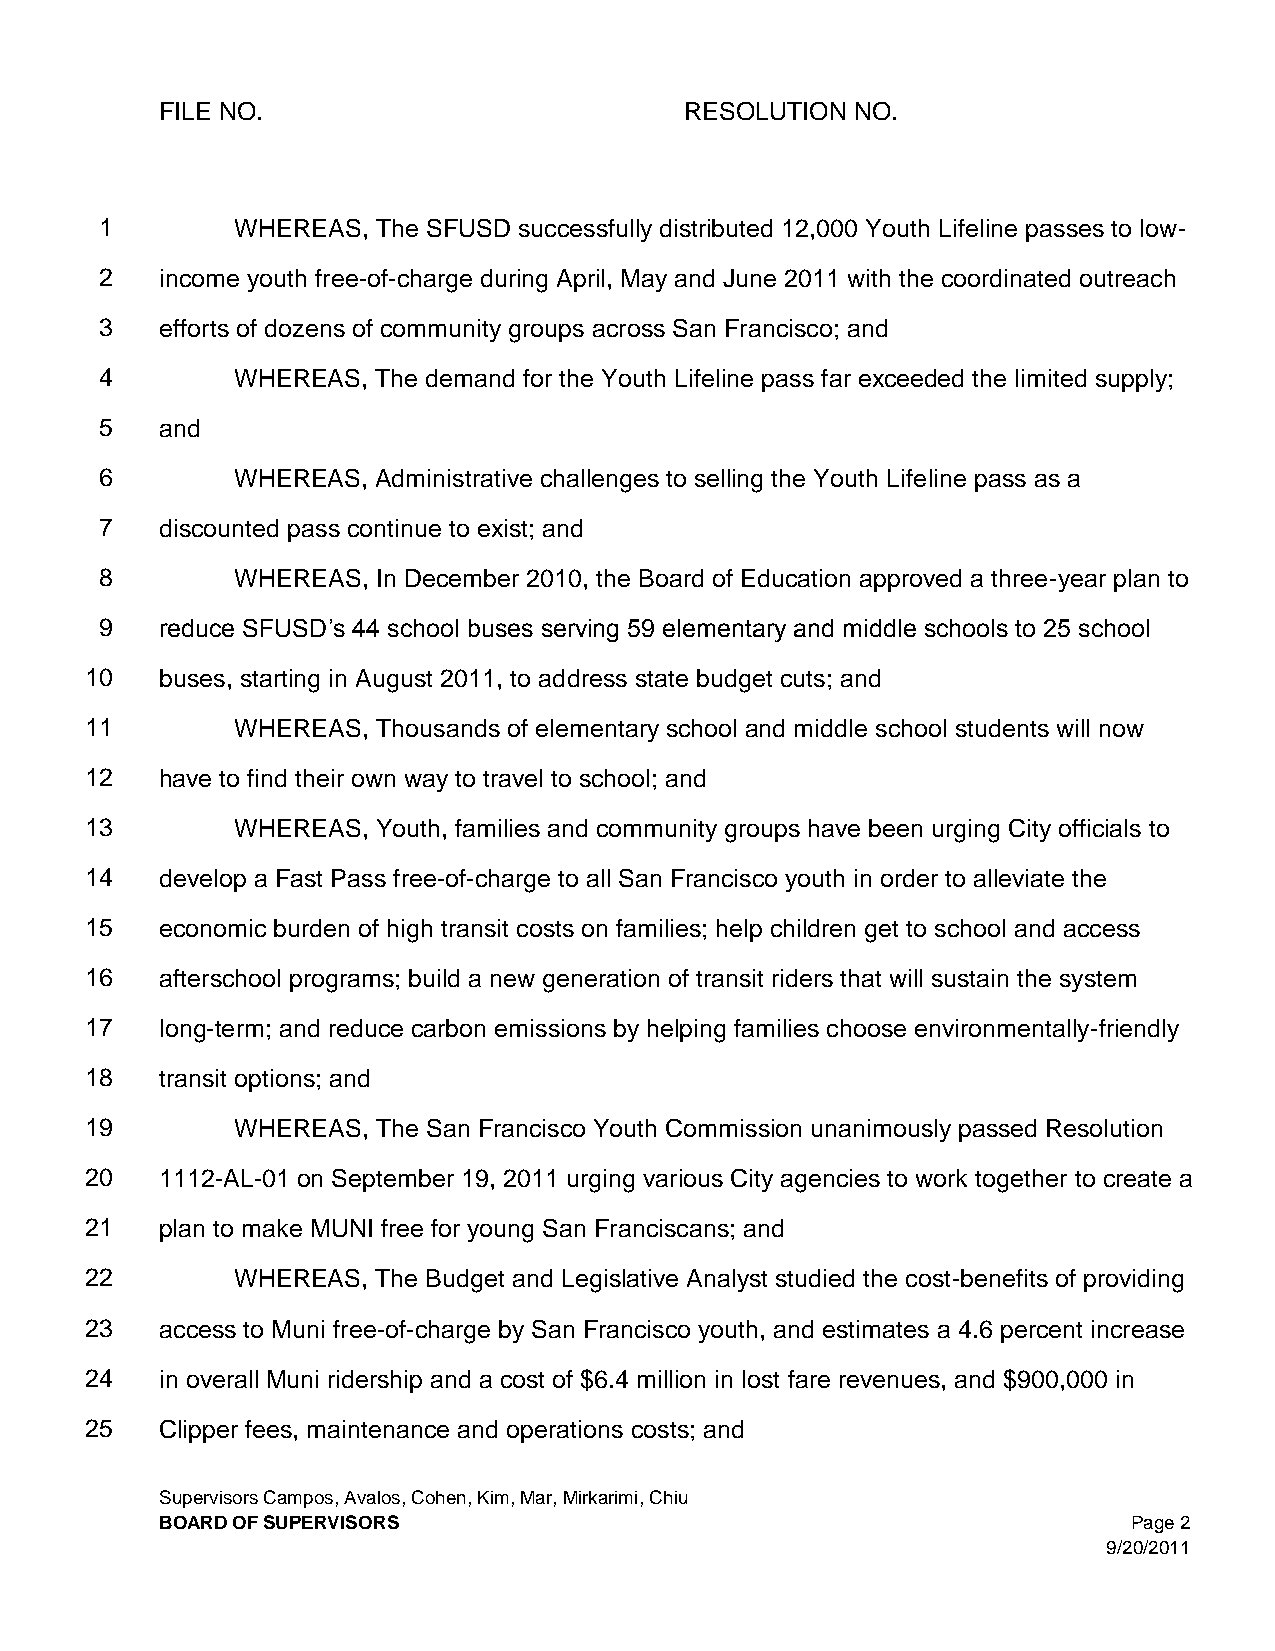
FILE NO.                          RESOLUTION  NO.
 1       WHEREAS,  The SFUSD successfully distributed 12,000 Youth Lifeline passes to low-
 2   income youth free-of-charge during April, May and June 2011 with the coordinated outreach
 3   efforts of dozens of community groups across San Francisco; and
 4       WHEREAS,  The demand for the Youth Lifeline pass far exceeded the limited supply;
 5   and
 6       WHEREAS,  Administrative challenges to selling the Youth Lifeline pass as a
 7   discounted pass continue to exist; and
 8       WHEREAS,  In December 2010, the Board of Education approved a three-year plan to
 9   reduce SFUSD’s 44 school buses serving 59 elementary and middle schools to 25 school
 10   buses, starting in August 2011, to address state budget cuts; and
 11       WHEREAS,  Thousands of elementary school and middle school students will now
 12   have to find their own way to travel to school; and
 13       WHEREAS,  Youth, families and community groups have been urging City officials to
 14   develop a Fast Pass free-of-charge to all San Francisco youth in order to alleviate the
 15   economic burden of high transit costs on families; help children get to school and access
 16   afterschool programs; build a new generation of transit riders that will sustain the system
 17   long-term; and reduce carbon emissions by helping families choose environmentally-friendly
 18   transit options; and
 19       WHEREAS,  The San Francisco Youth Commission unanimously passed Resolution
 20   1112-AL-01 on September 19, 2011 urging various City agencies to work together to create a
 21   plan to make MUNI free for young San Franciscans; and
 22       WHEREAS,  The Budget and Legislative Analyst studied the cost-benefits of providing
 23   access to Muni free-of-charge by San Francisco youth, and estimates a 4.6 percent increase
 24   in overall Muni ridership and a cost of $6.4 million in lost fare revenues, and $900,000 in
 25   Clipper fees, maintenance and operations costs; and
 Supervisors Campos, Avalos, Cohen, Kim, Mar, Mirkarimi, Chiu
 BOARD OF SUPERVISORS                                            Page 2
 9/20/2011